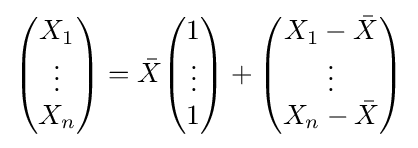
{\begin{pmatrix}X_{1}\\\vdots \\X_{n}\end{pmatrix}}={\bar {X}}{\begin{pmatrix}1\\\vdots \\1\end{pmatrix}}+{\begin{pmatrix}X_{1}-{\bar {X}}\\\vdots \\X_{n}-{\bar {X}}\end{pmatrix}}